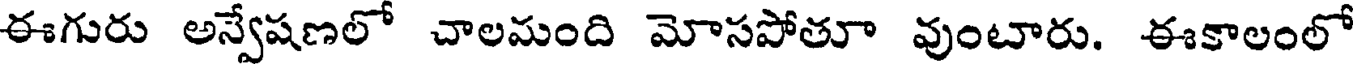
ఈగురు అన్వేషణలో చాలమంది మోసపోతూ వుంటారు. ఈకాలంలో